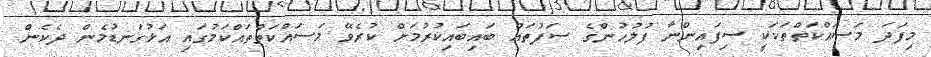
މިފަދަ މަސައްކަތްތަކަކީ ސިފައިންނާ ފުލުހުންގެ ސަފުތައް ބައިބައިކުރުމަށް ކުރެވޭ މަސައްކަތްތައްކަމުގައި އަޅުގަނޑުމެން ދެކެން.